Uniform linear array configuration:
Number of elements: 24
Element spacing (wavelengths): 1
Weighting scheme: blackman
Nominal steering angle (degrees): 45
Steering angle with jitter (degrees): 44.936
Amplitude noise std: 0.05
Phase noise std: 0.05

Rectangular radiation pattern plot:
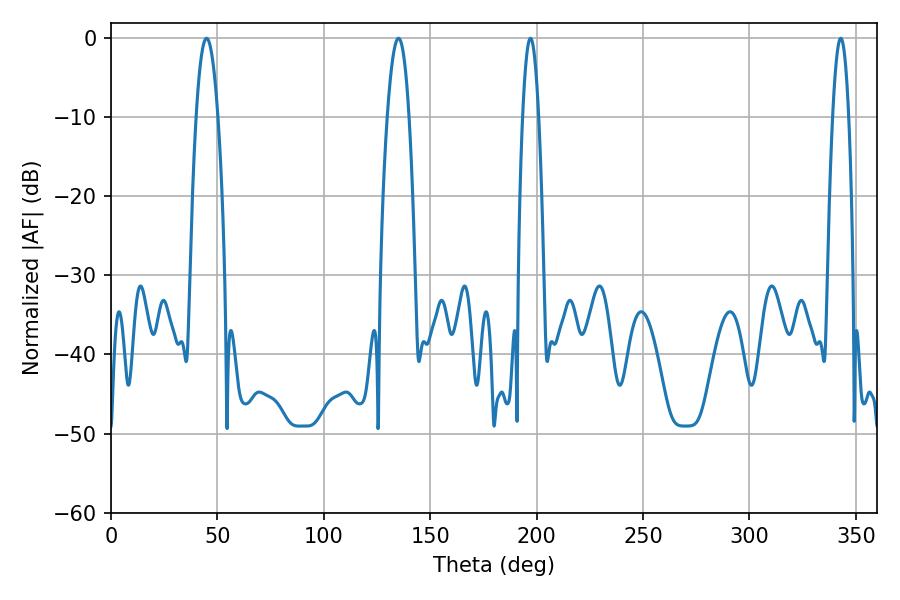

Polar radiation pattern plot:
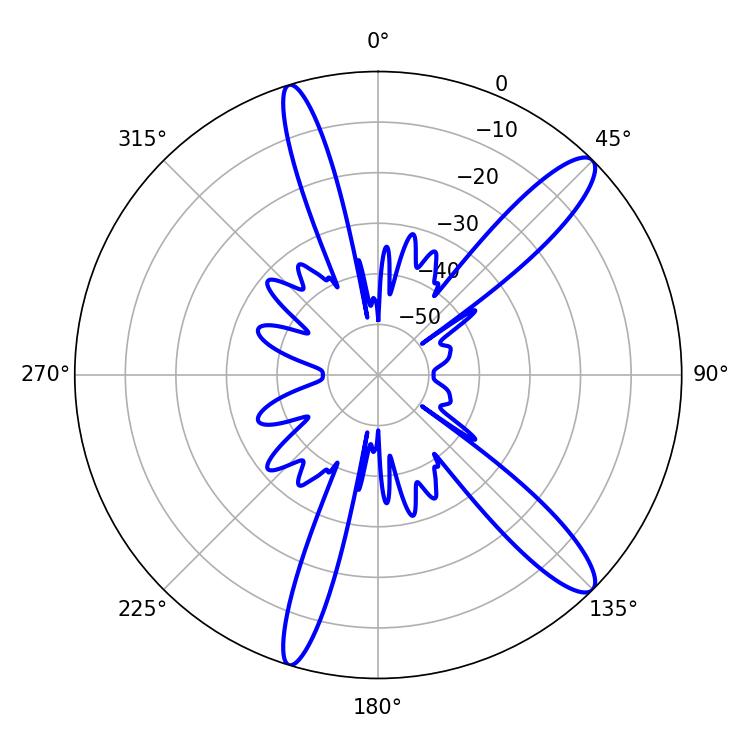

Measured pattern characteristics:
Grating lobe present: TRUE
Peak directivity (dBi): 12.862
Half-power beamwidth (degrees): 3.96
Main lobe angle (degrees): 197.1